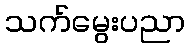
သက်မွေးပညာ